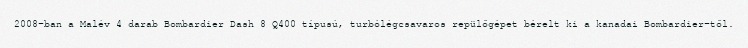
2008-ban a Malév 4 darab Bombardier Dash 8 Q400 típusú, turbólégcsavaros repülőgépet bérelt ki a kanadai Bombardier-től.